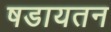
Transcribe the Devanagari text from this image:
षडायतन